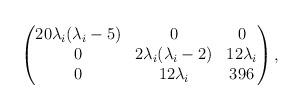
LaTeX: \begin{align*}\begin{pmatrix}20\lambda_i(\lambda_i-5) & 0 & 0\\0 & 2\lambda_i(\lambda_i-2) & 12\lambda_i \\0 & 12\lambda_i & 396 \end{pmatrix},\end{align*}